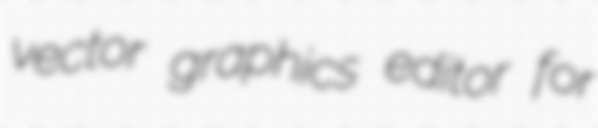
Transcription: vector graphics editor for